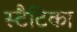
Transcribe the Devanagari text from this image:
स्टैटिका